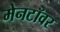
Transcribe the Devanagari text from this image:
मेनटॉवर